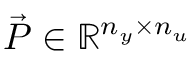
\vec { P } \in \mathbb R ^ { n _ { y } \times n _ { u } }